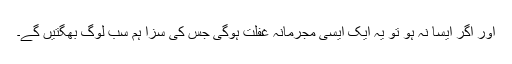
اور اگر ایسا نہ ہو تو یہ ایک ایسی مجرمانہ غفلت ہوگی جس کی سزا ہم سب لوگ بھگتیں گے۔